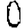
Digit: 0